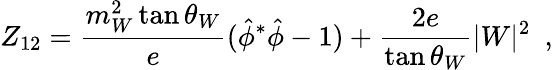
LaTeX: Z_{12}=\frac{m_{W}^{2}\tan\theta_{W}}{e}({\hat{\phi}}^{*}\hat{\phi}-1)+\frac{2e}{\tan\theta_{W}}|W|^{2}~~,